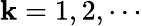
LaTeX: \mathbf{k}=1,2,\cdots